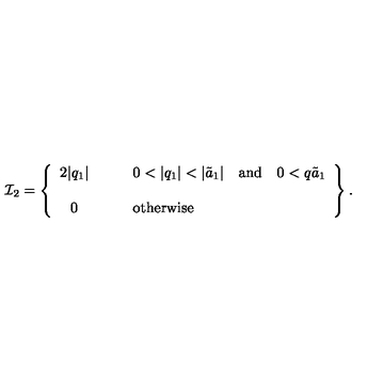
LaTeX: { \cal I } _ { 2 } = \left\{ \begin{array} { c l } { 2 | q _ { 1 } | } & { \qquad 0 < | q _ { 1 } | < | \tilde { a } _ { 1 } | \quad \mathrm { a n d } \quad 0 < q \tilde { a } _ { 1 } } \\ { } & { } \\ { 0 } & { \qquad \mathrm { o t h e r w i s e } } \\ \end{array} \right\} .